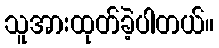
သူအားထုတ်ခဲ့ပါတယ်။